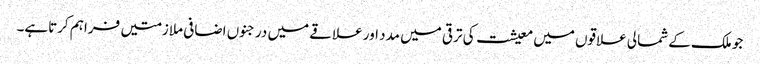
جو ملک کے شمالی علاقوں میں معیشت کی ترقی میں مدد اور علاقے میں درجنوں اضافی ملازمتیں فراہم کرتاہے۔